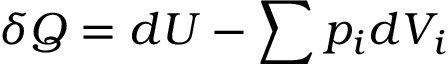
\delta Q = d U - \sum p _ { i } d V _ { i }